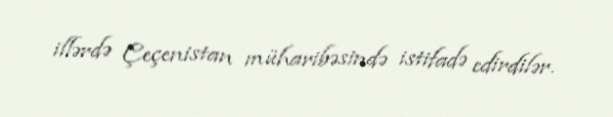
illərdə Çeçenistan müharibəsində istifadə edirdilər.